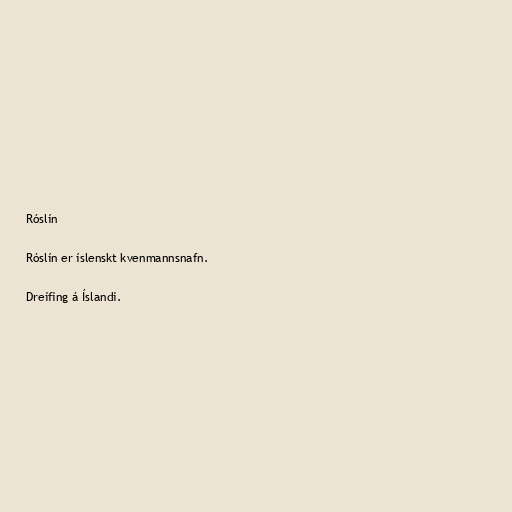
Róslín

Róslín er íslenskt kvenmannsnafn.

Dreifing á Íslandi.